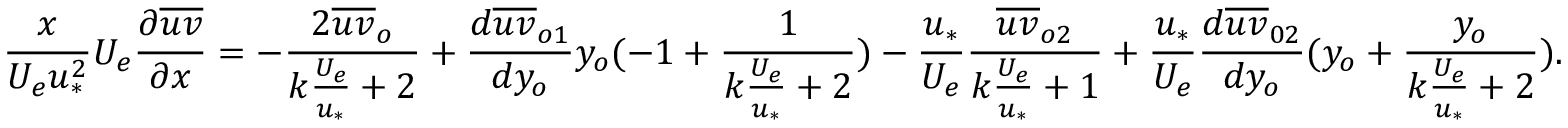
\frac { x } { U _ { e } u _ { * } ^ { 2 } } U _ { e } \frac { \partial \overline { { u v } } } { \partial x } = - \frac { 2 \overline { { u v } } _ { o } } { k \frac { U _ { e } } { u _ { * } } + 2 } + \frac { d \overline { { u v } } _ { o 1 } } { d y _ { o } } y _ { o } ( - 1 + \frac { 1 } { { k \frac { U _ { e } } { u _ { * } } + 2 } } ) - \frac { u _ { * } } { U _ { e } } \frac { \overline { { u v } } _ { o 2 } } { k \frac { U _ { e } } { u _ { * } } + 1 } + \frac { u _ { * } } { U _ { e } } \frac { d \overline { { u v } } _ { 0 2 } } { d y _ { o } } ( y _ { o } + \frac { y _ { o } } { k \frac { U _ { e } } { u _ { * } } + 2 } ) .